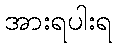
အားရပါးရ